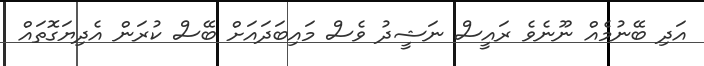
އަދި ބޭނުމެއް ނޫނެވެ ރައީސް ނަޝީދު ވެސް މައިބަދައަށް ބޭސް ކުރަން އެދިޔަގޮތައް